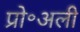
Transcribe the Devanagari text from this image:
प्रो॰अली